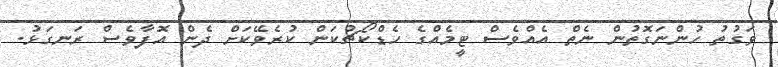
ވަގުތު ހުންނަގޮތުން ނެތް އެއްވެސް ޓީމެއްގެ ހެޑްކޯޗުކަން ކުރެވޭކަށް ދެން އޮފާވެސް ރަނގަޅު.